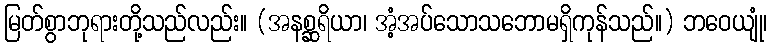
မြတ်စွာဘုရားတို့သည်လည်း။ (အနစ္ဆရိယာ၊ အံ့အပ်သောသဘောမရှိကုန်သည်။) ဘဝေယျုံ၊